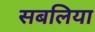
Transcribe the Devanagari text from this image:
सबलिया